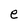
Character: e